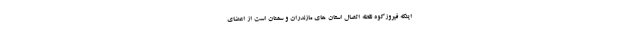
اینکه فیروزکوه نقطه اتصال استان های مازندران و سمنان است از اعضای